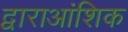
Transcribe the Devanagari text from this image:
द्वाराआंशिक